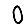
Digit: 0